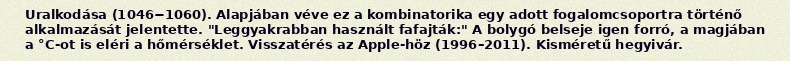
Uralkodása (1046−1060). Alapjában véve ez a kombinatorika egy adott fogalomcsoportra történő alkalmazását jelentette. "Leggyakrabban használt fafajták:" A bolygó belseje igen forró, a magjában a °C-ot is eléri a hőmérséklet. Visszatérés az Apple-höz (1996–2011). Kisméretű hegyivár.